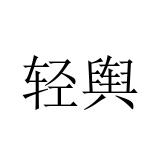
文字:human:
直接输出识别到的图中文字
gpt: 轻舆